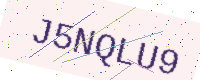
Text: J5NQLU9